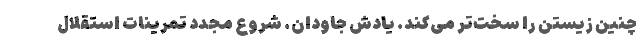
چنین زیستن را سخت‌تر می‌کند. یادش جاودان. شروع مجدد تمرینات استقلال